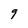
Character: 9